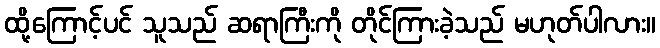
ထို့ကြောင့်ပင် သူသည် ဆရာကြီးကို တိုင်ကြားခဲ့သည် မဟုတ်ပါလား။